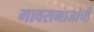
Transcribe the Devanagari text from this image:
गावसमाजांची